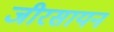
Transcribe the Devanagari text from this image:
जीरसायन